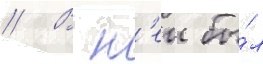
// В н'еи бы́л